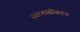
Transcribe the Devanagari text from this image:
ध्यानासोबतच